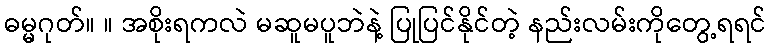
ဓမ္မဂုတ်။ ။ အစိုးရကလဲ မဆူမပူဘဲနဲ့ ပြုပြင်နိုင်တဲ့ နည်းလမ်းကိုတွေ့ရရင်